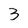
Character: 3